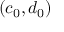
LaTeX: ( c _ { 0 } , d _ { 0 } )